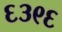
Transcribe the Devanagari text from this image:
६३९६